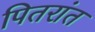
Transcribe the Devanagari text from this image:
पितरांत